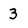
Character: 3